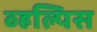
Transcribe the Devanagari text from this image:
व्हल्पिस